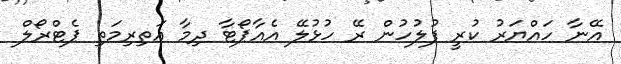
އޭނާ ހައްޔަރު ކުރީ ފުލުހުން ރޭ ހުޅުލޭ އެއާޕޯޓާ ދިމާ އަތިރިމަތި ޕެޓްރޯލް